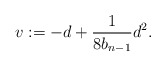
\begin{align*}v := - d + \frac{1}{8 b_{n-1}} d^2.\end{align*}